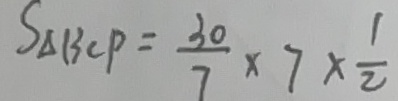
S _ { \Delta B C P } = \frac { 3 0 } { 7 } \times 7 \times \frac { 1 } { 2 }